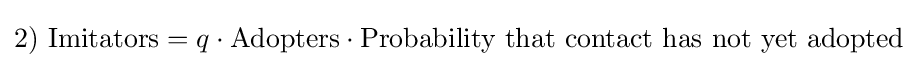
2)\ {\mbox{Imitators}}=q\cdot {\mbox{Adopters}}\cdot {\mbox{Probability that contact has not yet adopted}}